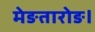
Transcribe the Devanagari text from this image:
मेङतारोङ।